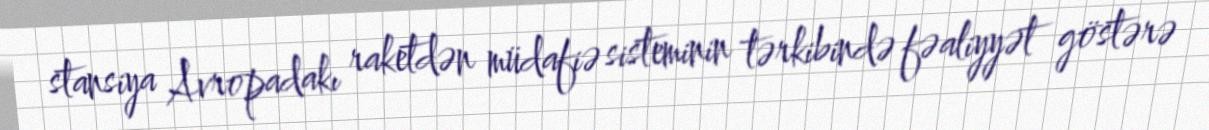
stansiya Avropadakı raketdən müdafiə sisteminin tərkibində fəaliyyət göstərə